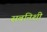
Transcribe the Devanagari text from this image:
सबनिशी